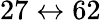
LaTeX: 27\leftrightarrow 62